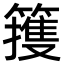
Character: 䉟